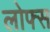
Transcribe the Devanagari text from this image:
लोफ्स